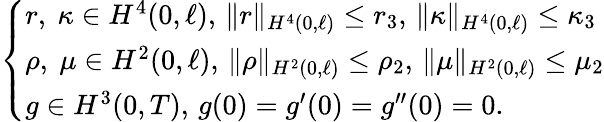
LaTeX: \begin{array}{r}{\left\{ \begin{array}{ll}{r,\ \kappa\in H^{4}(0,\ell),\, \Vert r\Vert_{H^{4}(0,\ell)}\leq r_{3},\, \Vert\kappa\Vert_{H^{4}(0,\ell)}\leq\kappa_{3}}\\ {\rho,\ \mu\in H^{2}(0,\ell),\, \Vert\rho\Vert_{H^{2}(0,\ell)}\leq\rho_{2},\, \Vert\mu\Vert_{H^{2}(0,\ell)}\leq\mu_{2}}\\ {g\in H^{3}(0,T),\, g(0)=g^{\prime}(0)=g^{\prime\prime}(0)=0.}\end{array}\right.}\end{array}